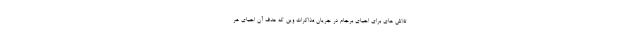
تلاش های برای احیای برجام در جریان مذاکرات وین که هدف آن احیای هر